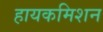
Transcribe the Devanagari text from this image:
हायकमिशन